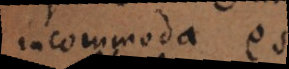
incommoda est.